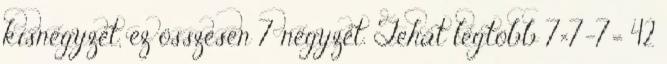
kisnégyzet, ez összesen 7 négyzet. Tehát legtöbb 7×7-7= 42